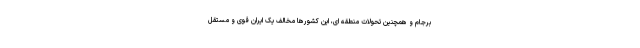
برجام و همچنین تحولات منطقه ای، این کشورها مخالف یک ایران قوی و مستقل